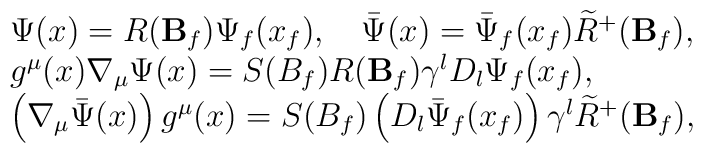
\begin{array}{l}\Psi(x)=R({\bf B}_{f})\Psi_{f}(x_{f}), \quad\bar{\Psi}(x)=\bar{\Psi}_{f}(x_{f})\widetilde{R}^{+}({\bf B}_{f}),\\g^{\mu}(x)\nabla_{\mu}\Psi(x)=S(B_{f})R({\bf B}_{f})\gamma^{l}D_{l}\Psi_{f}(x_{f}),\\\left( \nabla_{\mu}\bar{\Psi}(x)\right)g^{\mu}(x)=S(B_{f})\left( D_{l}\bar{\Psi}_{f}(x_{f})\right)\gamma^{l}\widetilde{R}^{+}({\bf B}_{f}),\end{array}